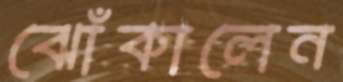
ঝোঁকালেন